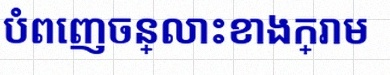
បំពេញចន្លោះខាងក្រោម